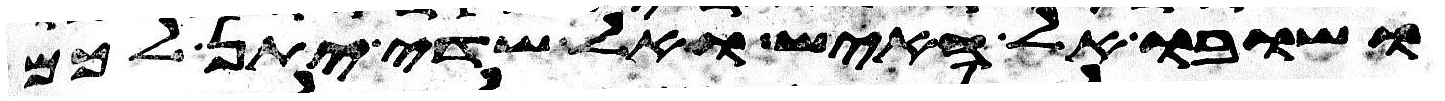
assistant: ושובו אל האיש ואל שדי יתן לכם